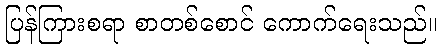
ပြန်ကြားစရာ စာတစ်စောင် ကောက်ရေးသည်။